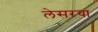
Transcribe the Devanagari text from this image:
लेसरचा